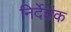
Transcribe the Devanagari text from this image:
निर्देशंक